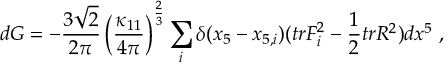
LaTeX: d G = - { \frac { 3 \sqrt 2 } { 2 \pi } } \left( \frac { \kappa _ { 1 1 } } { 4 \pi } \right) ^ { \frac { 2 } { 3 } } \sum _ { i } \delta ( x _ { 5 } - x _ { 5 , i } ) ( t r F _ { i } ^ { 2 } - { \frac { 1 } { 2 } } t r R ^ { 2 } ) d x ^ { 5 } \ ,